Report of an investigation into the causes of the diseases known in Assam as Kála-Azár and Beri-Beri
Disease focus: Beri-Beri
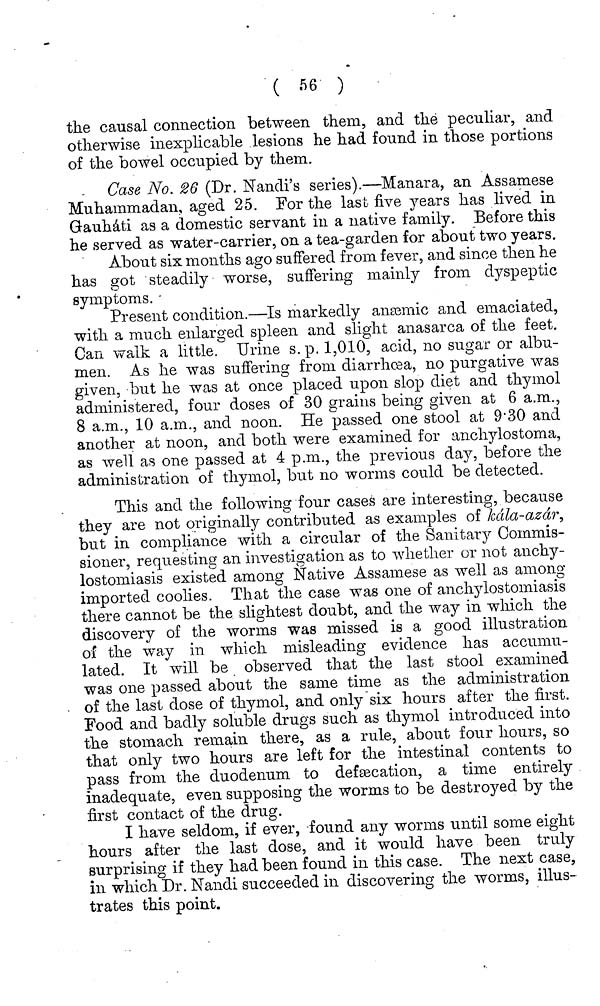
( 66 )
the causal connection between them, and the peculiar, and
otherwise inexplicable lesions he had found in those portions
of the bowel occupied by them.
Case No. 26 (Dr. Nandi's series).—Manara, an Assamese
Muhammadan, aged 25. For the last five years has lived in
Gauháti as a domestic servant in a native family. Before this
he served as water-carrier, on a tea-garden for about two years.
About six months ago suffered from fever, and since then he
has got steadily worse, suffering mainly from dyspeptic
symptoms.
Present condition.—Is markedly anæmic and emaciated,
with a much enlarged spleen and slight anasarca of the feet.
Can walk a little. Urine s.p. 1,010, acid, no sugar or albu-
men. As he was suffering from diarrhæa, no purgative was
given, but he was at once placed upon slop diet and thymol
administered, four doses of 30 grains being given, at 6 a.m.,
8 a.m., 10 a.m., and noon. He passed one stool at 9.30 and
another at noon, and both were examined for anchylostoma,
as well as one passed at 4 p.m., the previous day, before the
administration of thymol, but no worms could be detected.
This and the following four cases are interesting, because
they are not originally contributed as examples of kála-azár,
but in compliance with a circular of the Sanitary Commis-
sioner, requesting an investigation as to whether or not anchy-
lostomiasis existed among Native Assamese as well as among
imported coolies. That the case was one of anchylostomiasis
there cannot be the slightest doubt, and the way in which the
discovery of the worms was missed is a good illustration
of the way in which misleading evidence has accumu-
lated. It will be observed that the last stool examined
was one passed about the same time as the administration
of the last dose of thymol, and only six hours after the first.
Food and badly soluble drugs such as thymol introduced into
the stomach remain there, as a rule, about four hours, so
that only two hours are left for the intestinal contents to
pass from the duodenum to defæcation, a time entirely
inadequate, even supposing the worms to be destroyed by the
first contact of the drug.
I have seldom, if ever, found any worms until some eight
hours after the last dose, and it would have been truly
surprising if they had been found in this case. The next case,
in which Dr. Nandi succeeded in discovering the worms, illus-
trates this point.